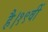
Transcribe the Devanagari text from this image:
है।१९वीं